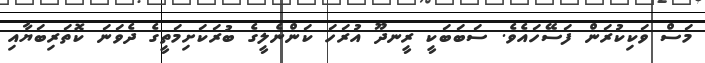
މަސް ވަކިކުރަން ފަސޭހައެވެ. ސަބަބަކީ ރީނދޫ އުރަހަ ކަންނެލީގެ ބުރަކަށިމަތީގެ ދެވަނަ ކޮތަރިބަޔާއި